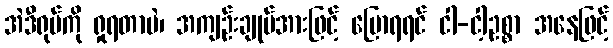
အဲဒီရုပ်ကို ရှုရတာပဲ၊ အကျဉ်းချုပ်အားဖြင့် ပြောရရင် ငါ-ငါ့ဥစ္စာ အနေဖြင့်